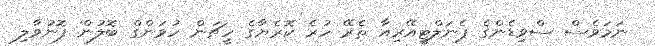
ނަމަވެސް ސްވިޑެންގެ ޕެނަލްޓީއޭރިއާ ތެރޭ ހުރެ ކޮރެޔާގެ ހީޗަން ހުވަންގް ބޮލުން ފޮނުވާލި